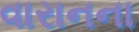
વારાનના